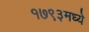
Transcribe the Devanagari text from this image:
१७९३मध्ये